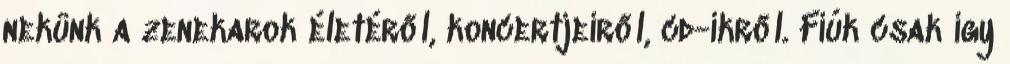
nekünk a zenekarok életéről, koncertjeiről, cd-ikről. Fiúk csak í­gy